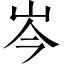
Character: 岑